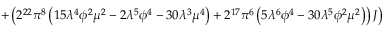
\left. + \left( 2 ^ { 2 2 } \pi ^ { 8 } \left( 1 5 \lambda ^ { 4 } \phi ^ { 2 } \mu ^ { 2 } - 2 \lambda ^ { 5 } \phi ^ { 4 } - 3 0 \lambda ^ { 3 } \mu ^ { 4 } \right) + 2 ^ { 1 7 } \pi ^ { 6 } \left( 5 \lambda ^ { 6 } \phi ^ { 4 } - 3 0 \lambda ^ { 5 } \phi ^ { 2 } \mu ^ { 2 } \right) \right) { \cal J } \right)